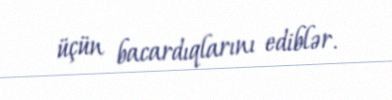
üçün bacardıqlarını ediblər.